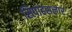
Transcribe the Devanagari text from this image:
सिपाहसलार